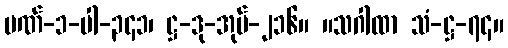
ပဏ်-၁-ပါ-၃၄၁၊ ဋ္ဌ-ဒု-အုပ်-၂၁၆။ ။သဂါထာ သံ-ဋ္ဌ-၇၄။